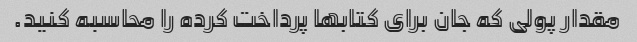
مقدار پولی که جان برای کتابها پرداخت کرده را محاسبه کنید.